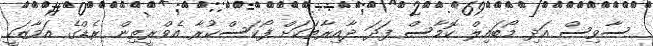
ސާވިސް އަދި މޯބައިލް ކޮމާސް ފަދަ ދާއިރާތަކަށް ފޯކަސްކުރާ އެވްރީތިން ރެޑްގެ އަމާޒަކީ